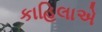
કાહિલાએ